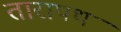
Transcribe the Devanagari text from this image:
तारापथ